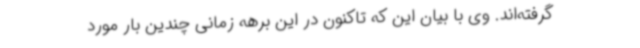
گرفته‌اند. وی با بیان این که تاکنون در این برهه زمانی چندین بار مورد